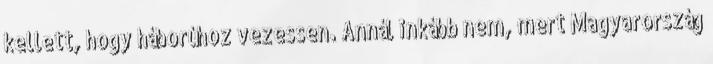
kellett, hogy háborúhoz vezessen. Annál inkább nem, mert Magyarország